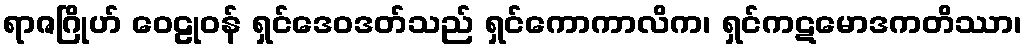
ရာဇဂြိုဟ် ဝေဠုဝန် ရှင်ဒေဝဒတ်သည် ရှင်ကောကာလိက၊ ရှင်ကဋမောဒကတိဿာ၊